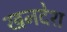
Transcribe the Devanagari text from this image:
खनदेश